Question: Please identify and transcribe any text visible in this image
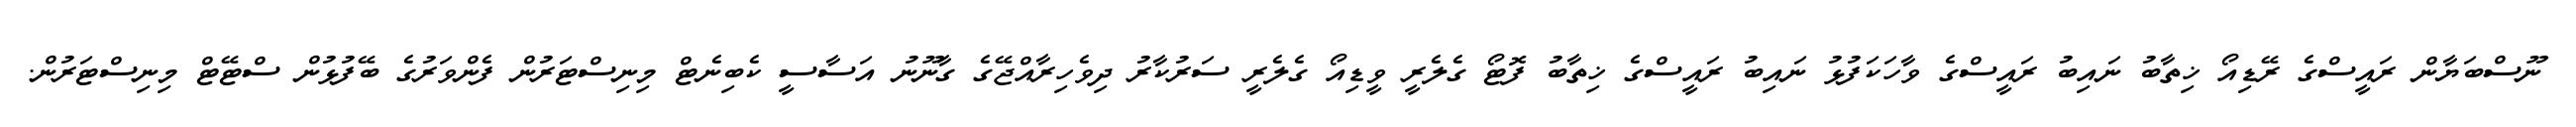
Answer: ނޫސްބަޔާން ރައީސްގެ ރޭޑިއޯ ޚިތާބު ނައިބު ރައީސްގެ ވާހަކަފުޅު ނައިބު ރައީސްގެ ޚިތާބު ފޮޓޯ ގެލެރީ ވީޑިއޯ ގެލެރީ ސަރުކާރު ދިވެހިރާއްޖޭގެ ގާނޫނު އަސާސީ ކެބިނެޓް މިނިސްޓަރުން ފެންވަރުގެ ބޭފުޅުން ސްޓޭޓް މިނިސްޓަރުން.